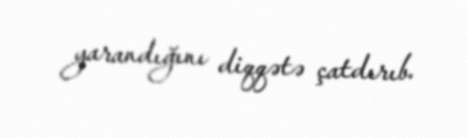
yarandığını diqqətə çatdırıb.